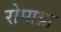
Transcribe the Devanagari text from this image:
रोमाग्ना